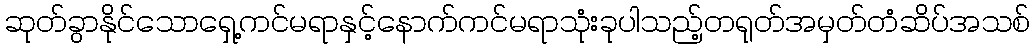
ဆုတ်ခွာနိုင်သောရှေ့ကင်မရာနှင့်နောက်ကင်မရာသုံးခုပါသည့်တရုတ်အမှတ်တံဆိပ်အသစ်